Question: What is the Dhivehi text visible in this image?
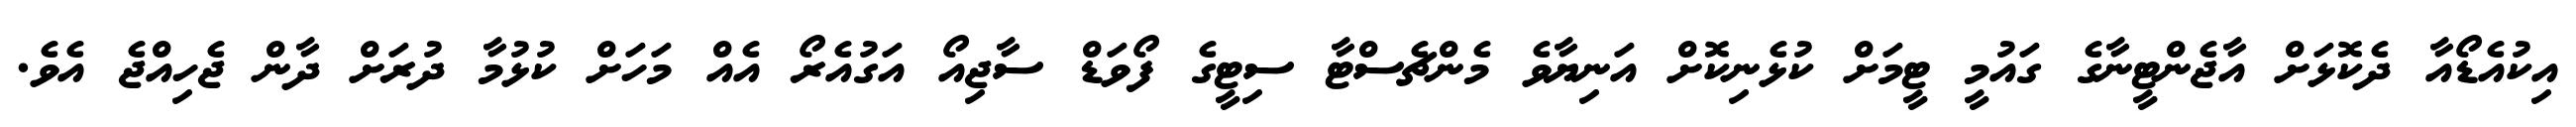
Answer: އިކުއެޑޯއާ ދެކޮޅަށް އާޖެންޓީނާގެ ގައުމީ ޓީމަށް ކުޅެނިކޮށް އަނިޔާވެ މެންޗެސްޓާ ސިޓީގެ ފޯވަޑް ސާޖިއޯ އަގުއެރޯ އެއް މަހަށް ކުޅުމާ ދުރަށް ދާން ޖެހިއްޖެ އެވެ.